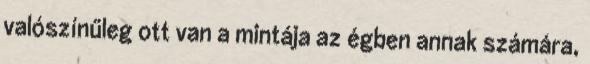
valószínűleg ott van a mintája az égben annak számára,